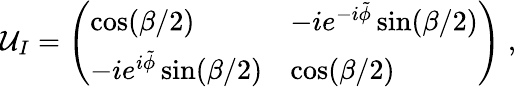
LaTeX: \mathcal{U}_{I}=\left(\begin{array}{ll}{\cos(\beta/2)}&{-ie^{-i\tilde{\phi}}\sin(\beta/2)}\\ {-ie^{i\tilde{\phi}}\sin(\beta/2)}&{\cos(\beta/2)}\end{array}\right)\; ,